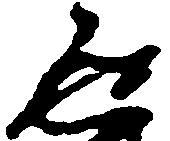
返